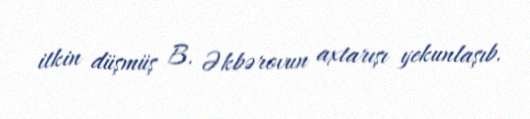
itkin düşmüş B. Əkbərovun axtarışı yekunlaşıb.